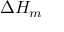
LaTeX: \Delta H _ { m }